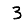
Digit: 3